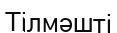
Тілмәшті